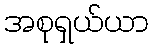
အစုရှယ်ယာ